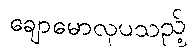
ချောမောလှပသည့်